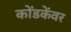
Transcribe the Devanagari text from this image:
कोंडकेंवर